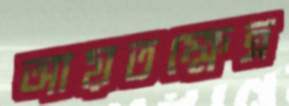
আয়তক্ষেত্র